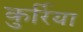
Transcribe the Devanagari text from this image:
कुर्रिया